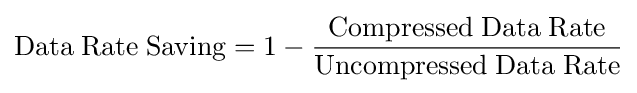
{\rm {Data\;Rate\;Saving}}=1-{\frac {\rm {Compressed\;Data\;Rate}}{\rm {Uncompressed\;Data\;Rate}}}